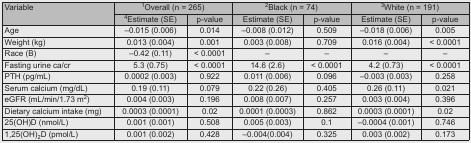
<table><thead><tr><td rowspan="2"><b>Variable</b></td><td colspan="2"><b><sup>1</sup>Overall (n = 265)</b></td><td colspan="2"><b><sup>2</sup>Black (n = 74)</b></td><td colspan="2"><b><sup>3</sup>White (n = 191)</b></td></tr><tr><td><b><sup>4</sup>Estimate (SE)</b></td><td><b>p-value</b></td><td><b>Estimate (SE)</b></td><td><b>p-value</b></td><td><b>Estimate (SE)</b></td><td><b>p-value</b></td></tr></thead><tbody><tr><td>Age</td><td>–0.015 (0.006)</td><td>0.014</td><td>–0.008 (0.012)</td><td>0.509</td><td>–0.018 (0.006)</td><td>0.005</td></tr><tr><td>Weight (kg)</td><td>0.013 (0.004)</td><td>0.001</td><td>0.003 (0.008)</td><td>0.709</td><td>0.016 (0.004)</td><td>&lt; 0.0001</td></tr><tr><td>Race (B)</td><td>–0.42 (0.11)</td><td>&lt; 0.0001</td><td>–</td><td>–</td><td>–</td><td>–</td></tr><tr><td>Fasting urine ca/cr</td><td>5.3 (0.75)</td><td>&lt; 0.0001</td><td>14.6 (2.6)</td><td>&lt; 0.0001</td><td>4.2 (0.73)</td><td>&lt; 0.0001</td></tr><tr><td>PTH (pg/mL)</td><td>0.0002 (0.003)</td><td>0.922</td><td>0.011 (0.006)</td><td>0.096</td><td>–0.003 (0.003)</td><td>0.258</td></tr><tr><td>Serum calcium (mg/dL)</td><td>0.19 (0.11)</td><td>0.079</td><td>0.22 (0.26)</td><td>0.405</td><td>0.26 (0.11)</td><td>0.021</td></tr><tr><td>eGFR (mL/min/1.73 m<sup>2</sup>)</td><td>0.004 (0.003)</td><td>0.196</td><td>0.008 (0.007)</td><td>0.257</td><td>0.003 (0.004)</td><td>0.396</td></tr><tr><td>Dietary calcium intake (mg)</td><td>0.0003 (0.0001)</td><td>0.02</td><td>0.0001 (0.0003)</td><td>0.862</td><td>0.0003 (0.0001)</td><td>0.02</td></tr><tr><td>25(OH)D (nmol/L)</td><td>0.001 (0.001)</td><td>0.508</td><td>0.005 (0.003)</td><td>0.1</td><td>–0.0004 (0.001)</td><td>0.746</td></tr><tr><td>1,25(OH)<sub>2</sub>D (pmol/L)</td><td>0.001 (0.002)</td><td>0.428</td><td>–0.004(0.004)</td><td>0.325</td><td>0.003 (0.002)</td><td>0.173</td></tr></tbody></table>